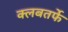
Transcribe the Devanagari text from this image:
क्लबतर्फे